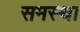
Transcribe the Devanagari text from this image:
समस्था